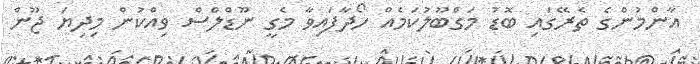
އާންމުންގެ ތެރޭގައި ބޮޑު މަގްބޫލުކަމެއް ހޯދާފައިވާ މެގީ ނޫޑްލްސް ވިއްކުން މިދިޔަ ޖޫން